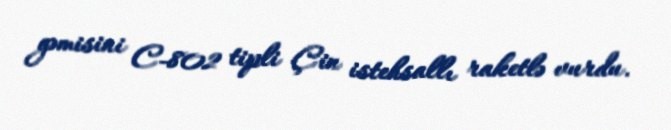
gəmisini C-802 tipli Çin istehsallı raketlə vurdu.